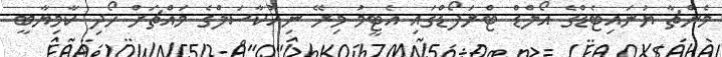
މެންޗާ ޔުނައިޓެޑްގެ އޯލްޑް ޓްރަފޯޑްގައި އެޓީމު މިރޭ ނިއުކާސަލްގެ މައްޗަށް ހޯދި ކާމިޔާބީ